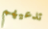
تدعيهم